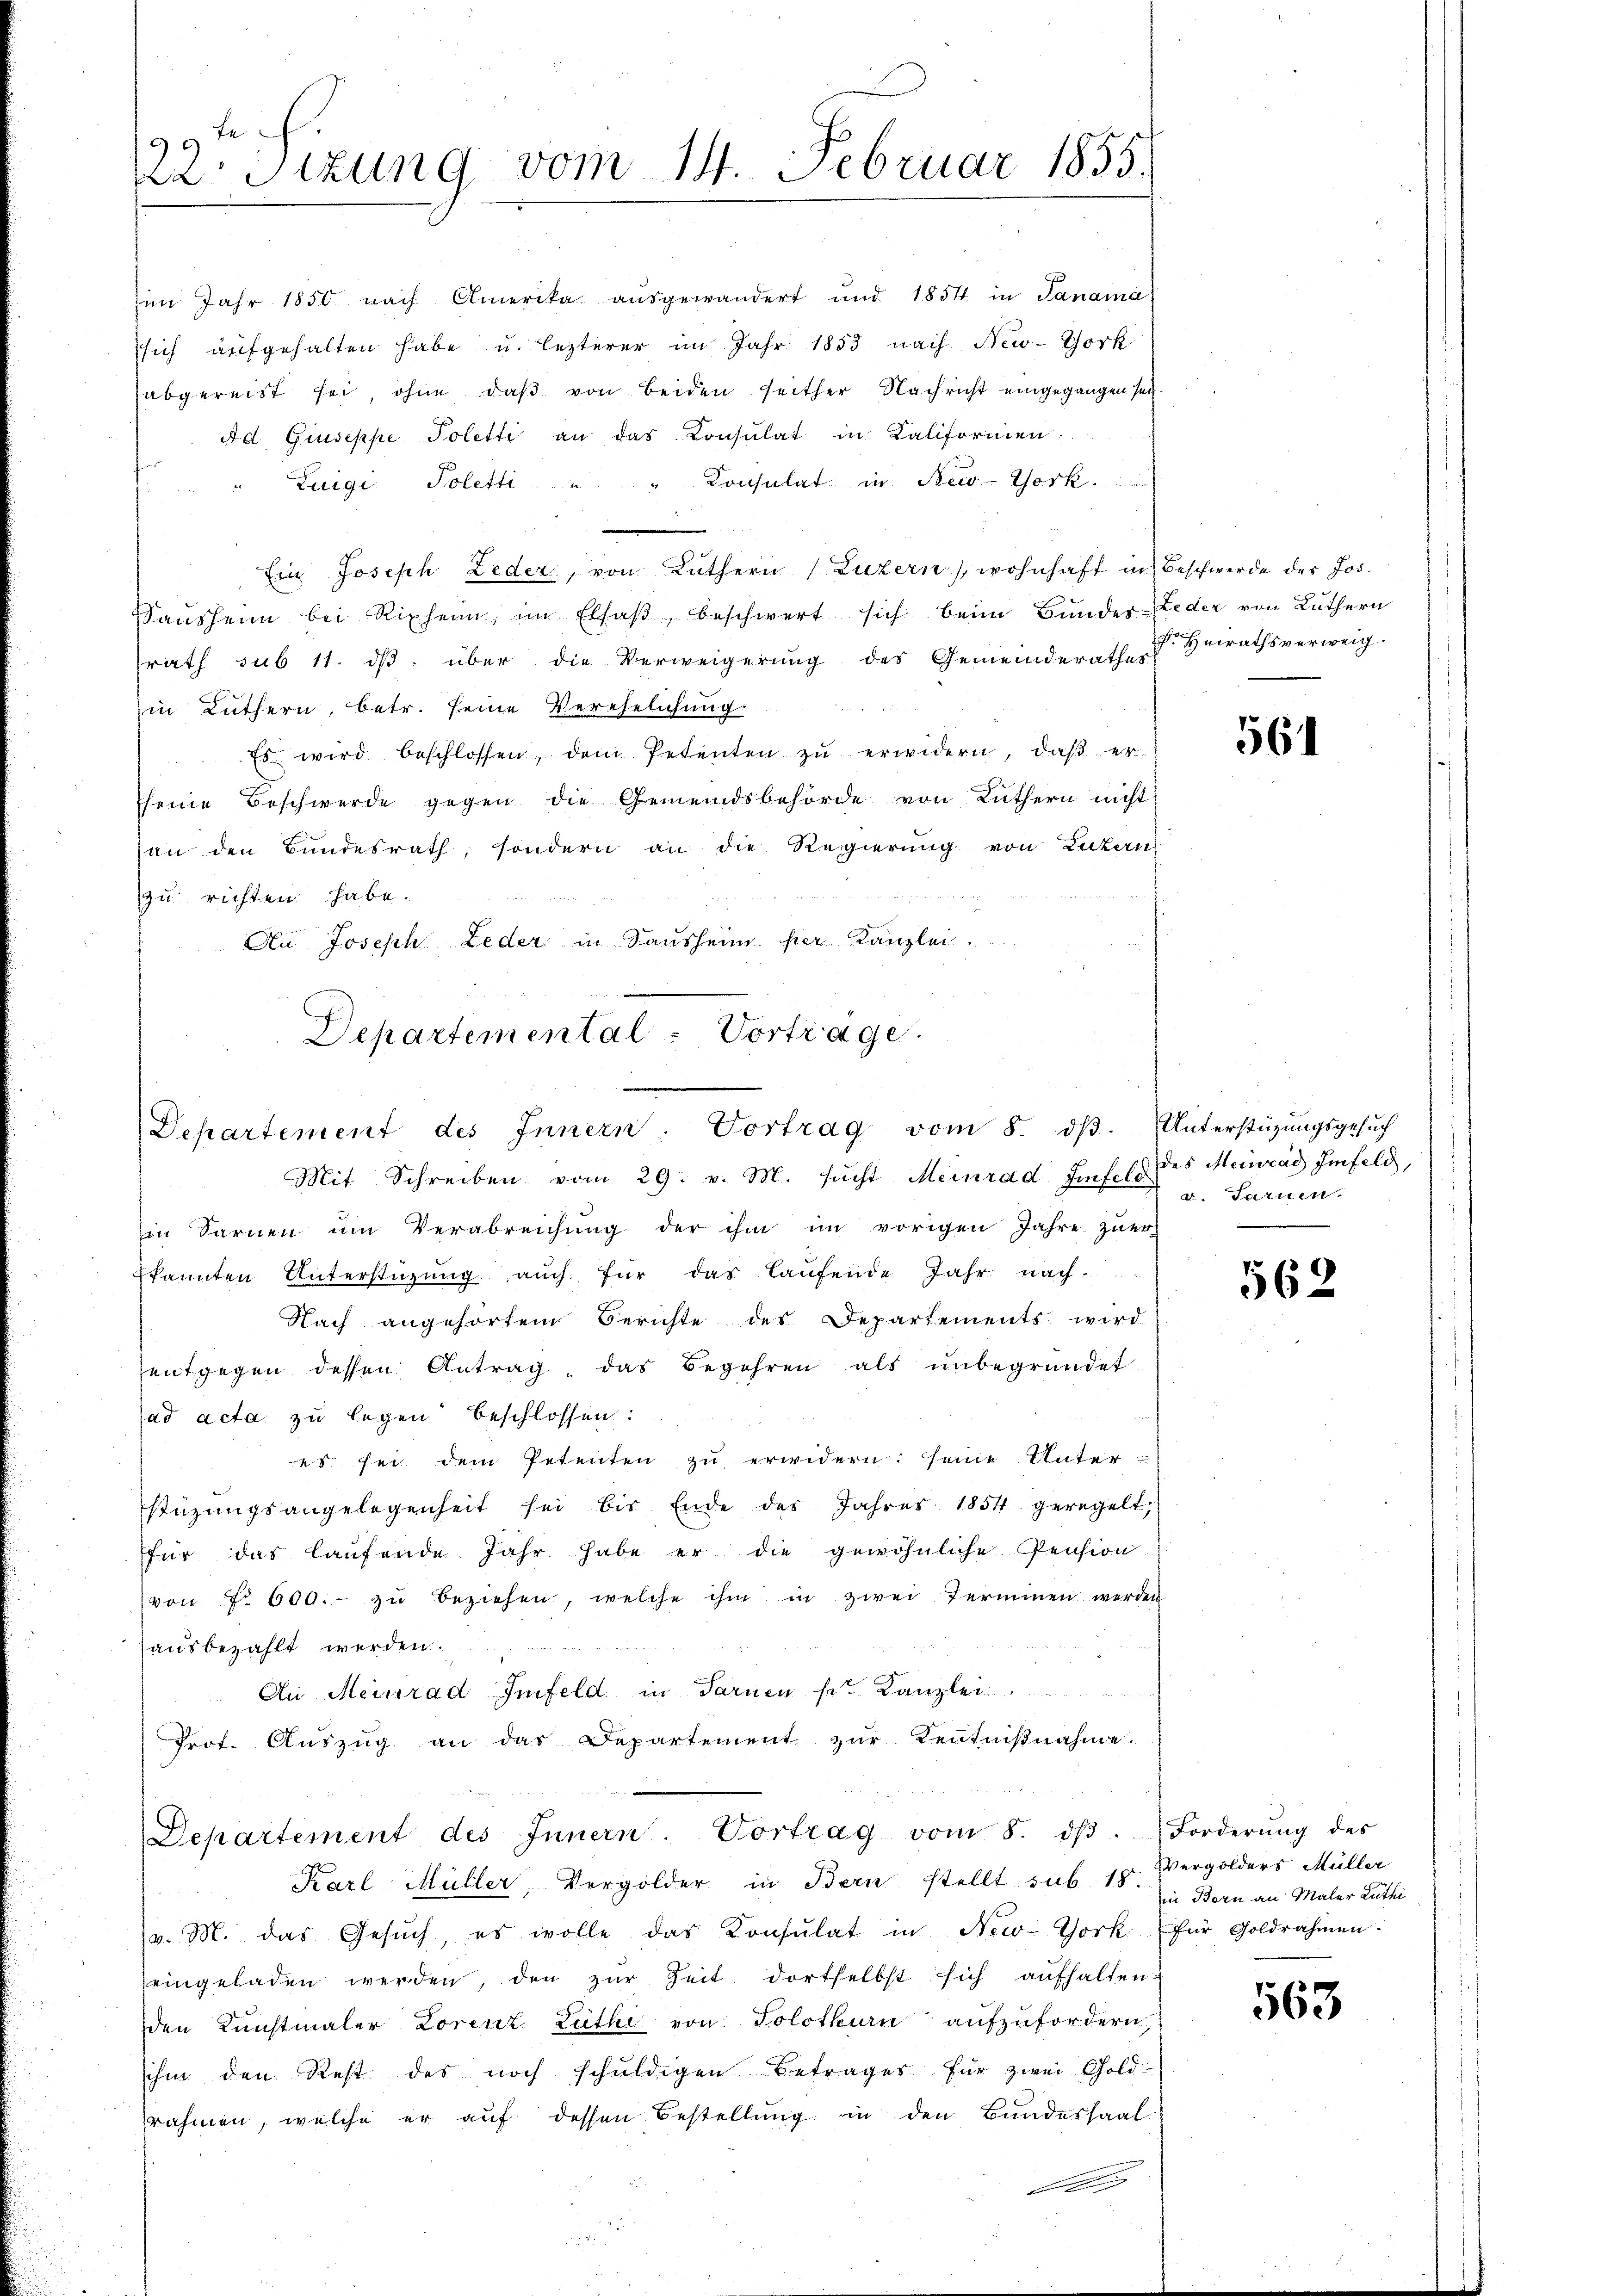
22: Sizung vom 14. Februar 1855.

im Jahr 1850 nach Amerika ausgewandert und 1854 in Panama
sich aufgehalten habe u. lezterer im Jahr 1853 nach New-York
abgereist sei, ohne daβ von beiden seither Nachricht eingegangen sei.
Ad Giuseppe, Tolette an das Consulat in Kaliformen
Zuigi Poletti " " Consulat in New-York
Ein Joseph Leder, von Lüthern (Luzern, wohnhaft in Beschwerde der Jos.
Saŭsheim bei Riphenn, im Elsaβ, beschwert sich beim Bŭndes-Feder von Lüthern
trath sub 11. dβ über die Verweigerŭng des Gemeinderathe u. Heirathsverweig.
in Luthern, betr. seine Verehelichung:
Es wird beschlossen, dem Petenten zŭ erwidern, daβ er-
seine Beschwerde gegen die Gemeindsbehörde von Lüthern nicht
an den Bundesrath, sondern an die Regierung von Luzern
zu richten habe.
An Joseph Leder in Sausheim hier Kanzlei.
Mit Schreiben vom 29. v. M. sŭcht Meinrad Zif. 2 des Meinrad Imfeld,
in Sarnen um Verabreichung der ihm im vorigen Jahre zuer-
kannten Unterstüzung auch für das laufende Jahr nach
Nach angehörten Berichte des Departements wird
entgegen dessen Antrag das Begehren als ŭnbegründet
ad acta zu legen beschlossen:
es sei dem Petenten zŭ erwidern: seine Unterstüzungsangelegenheit sei bis Ende des Jahres 1854 geregelt,
für das laŭfende Jahr habe er die gewöhnliche Pension
von 7. 600.- zŭ beziehen, welche ihm in zwei Terminen werden
ausbezahlt werden.
An Meinrad Imfeld in Sarnen ser Kanzlei
Prot. Auszug an das Departement zur Kenntnißnahme.
Departement des Innern. Vortrag vom 8. dβ. Forderŭng des
Karl Müller, Vergolder in Bern stellt sub. 18.
v. M. das Gesŭch, es wolle das Konsulat in New-York für Goldrahmen:
eingeladen werden, den zur Zeit dortselbst sich aufhalten
den Kŭnstmaler Lorenz Luthi von Solothurn aŭfzŭfordern,
sihin den Rest des noch schuldigen Betrages für zwei Gold-
rahmen, welche er auf dessen Bestellung in den Bundessaal

Departemental-Vortrage.
Departement des Innern. Vortrag vom 8. dβ. Unterstüzungsgesŭch

561

d. Farnen.
e

562

Vergolders Müller
in Bern an Maler Luthi

563